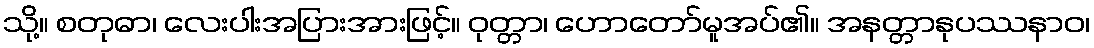
သို့။ စတုဓာ၊ လေးပါးအပြားအားဖြင့်။ ဝုတ္တာ၊ ဟောတော်မူအပ်၏။ အနတ္တာနုပဿနာဝ၊